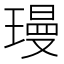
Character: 㻴